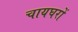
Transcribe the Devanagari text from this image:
चायघरों